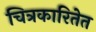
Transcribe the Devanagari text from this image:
चित्रकारितेत